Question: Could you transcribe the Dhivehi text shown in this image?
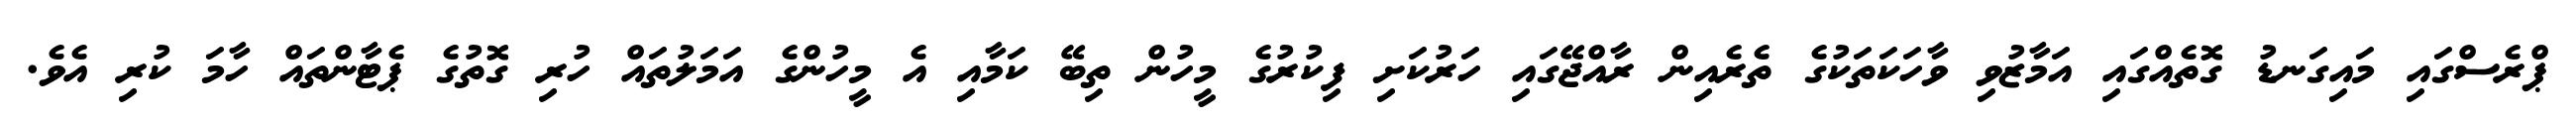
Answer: ޕްރެސްގައި މައިގަނޑު ގޮތެއްގައި އަމާޒުވި ވާހަކަތަކުގެ ތެރެއިން ރާއްޖޭގައި ހަރުކަށި ފިކުރުގެ މީހުން ތިބޭ ކަމާއި އެ މީހުންގެ އަމަލުތައް ހުރި ގޮތުގެ ޕެޓާންތައް ހާމަ ކުރި އެވެ.